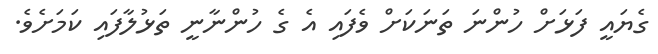
ގެޔައީ ފަޅަށް ހުންނަ ތަނަކަށް ވެފައި އެ ގެ ހުންނާނީ ތަޅުލާފައި ކަމަށެވެ.